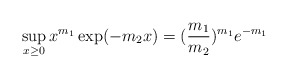
\begin{align*}\sup_{x \geq 0} x^{m_1}\exp(-m_{2}x) = (\frac{m_1}{m_2})^{m_1}e^{-m_1} \end{align*}